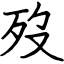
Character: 歿